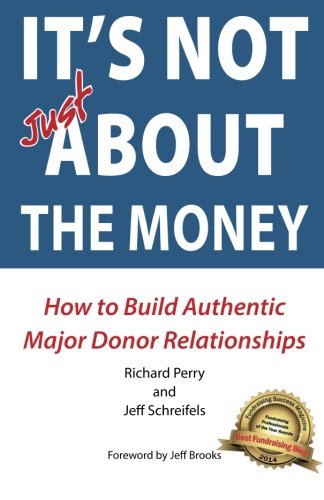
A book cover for It's NOT JUST about the Money; Richard Perry; Politics & Social Sciences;